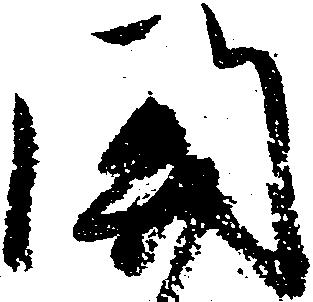
関